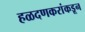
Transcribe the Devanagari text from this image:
हळदणकरांकडून